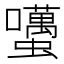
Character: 𧔺